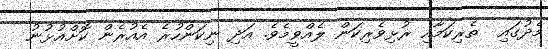
މެދުގައި  ތެރިކަމާއި ރުޅިވެރިކަން ލެއްވީމެވެ. އަދި ނިކަންހުރެ އެއުރެން ކޮށްއުޅުނު